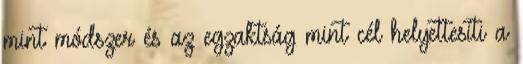
mint módszer és az egzaktság mint cél helyettesíti a